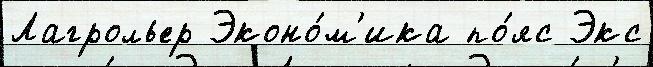
Лагрольер Эконо́м'ика по́яс Экс